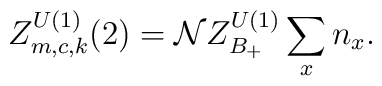
Z_{m,c,k}^{U(1)}(2)={\cal N} Z_{B_+}^{U(1)}  \sum_x n_x.